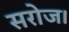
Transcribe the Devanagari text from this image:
सरोज।